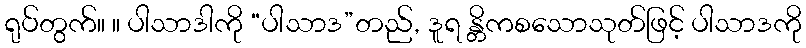
ရုပ်တွက်။ ။ ပါသာဒါကို “ပါသာဒ”တည်, ဒူရ န္တိကစသောသုတ်ဖြင့် ပါသာဒကို